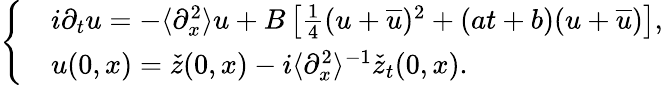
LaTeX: \left\{ \begin{array}{rl}&{i\partial_{t}u=-\langle\partial_{x}^{2}\rangle u+B\left[\frac{1}{4}(u+\overline{{u}})^{2}+(at+b)(u+\overline{{u}})\right],}\\ &{u(0,x)=\check{z}(0,x)-i\langle\partial_{x}^{2}\rangle^{-1}\check{z}_{t}(0,x).}\end{array}\right.